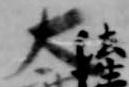
太